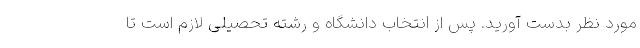
مورد نظر بدست آورید. پس از انتخاب دانشگاه و رشته تحصیلی لازم است تا